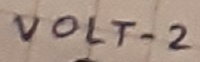
Text: VOLT-2